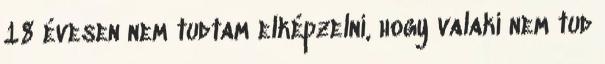
18 évesen nem tudtam elképzelni, hogy valaki nem tud